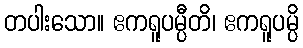
တပါးသော။ ဧကရူပမ္ပီတိ၊ ဧကရူပမ္ပိ